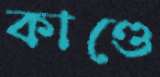
কাণ্ডে